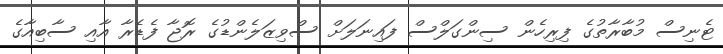
ޓެނިސް މުބާރާތުގެ ފިރިހެން ސިންގަލްސް ފައިނަލަށް ސްވިޒަލެންޑުގެ ރޮޖާ ފެޑެރާ އާއި ސާބިއާގެ